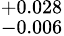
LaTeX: _{-0.006}^{+0.028}